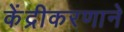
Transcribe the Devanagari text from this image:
केंद्रीकरणाने